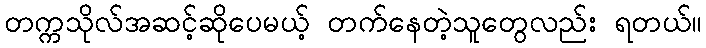
တက္ကသိုလ်အဆင့်ဆိုပေမယ့် တက်နေတဲ့သူတွေလည်း ရတယ်။